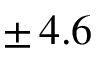
\pm \, 4 . 6